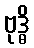
ဗုဒ္ဓိ